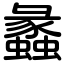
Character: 蠡